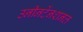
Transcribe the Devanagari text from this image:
उनीनटेंनशनल